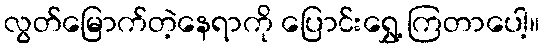
လွတ်မြောက်တဲ့နေရာကို ပြောင်းရွှေ့ ကြတာပေါ့။